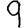
Digit: 9